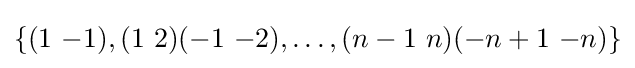
\{(1\ {-1}),(1\ 2)(-1\ {-2}),\ldots ,(n-1\ n)(-n+1\ {-n})\}